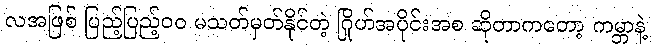
လအဖြစ် ပြည့်ပြည့်၀၀ မသတ်မှတ်နိုင်တဲ့ ဂြိုဟ်အပိုင်းအစ ဆိုတာကတော့ ကမ္ဘာနဲ့